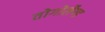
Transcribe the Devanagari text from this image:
तोगोलैण्ड